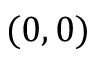
( 0 , 0 )